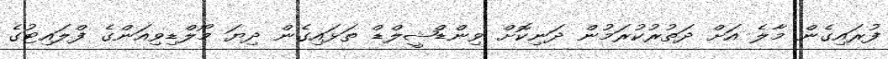
ފުރައިގެން މާލެ އަށް ދަތުރުކުރަމުން ދަނިކޮށް ވިންޑްޝީލްޑް ތަޅައިގެން ދިޔަ މޯލްޑިވިއަންގެ ފްލައިޓުގެ